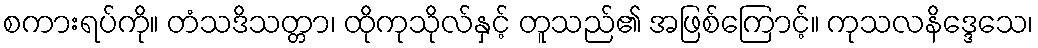
စကားရပ်ကို။ တံသဒိသတ္တာ၊ ထိုကုသိုလ်နှင့် တူသည်၏ အဖြစ်ကြောင့်။ ကုသလနိဒ္ဒေသေ၊